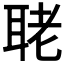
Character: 𦕳